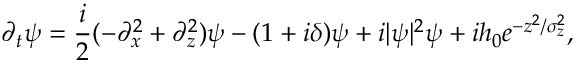
\partial _ { t } \psi = \frac { i } { 2 } ( - \partial _ { x } ^ { 2 } + \partial _ { z } ^ { 2 } ) \psi - ( 1 + i \delta ) \psi + i | \psi | ^ { 2 } \psi + i h _ { 0 } e ^ { - z ^ { 2 } / \sigma _ { z } ^ { 2 } } ,